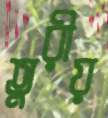
তুরীয়